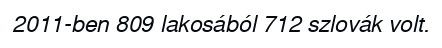
2011-ben 809 lakosából 712 szlovák volt.